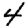
Digit: 4